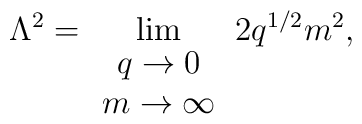
\Lambda^2 = \lim_{\begin{array}{c}q \rightarrow 0 \\ m \rightarrow \infty \end{array}}               2 q^{1/2} m^2,